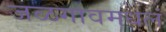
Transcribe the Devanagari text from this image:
जळगावमधलं